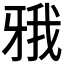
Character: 𤘋